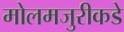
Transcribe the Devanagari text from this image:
मोलमजुरीकडे